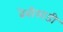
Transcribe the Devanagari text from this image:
बेबीसाडी